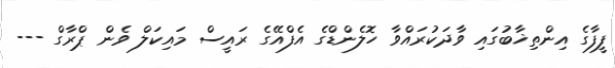
ފީފާގެ އިންތިޚާބުގައި ވާދަކުރައްވާ ހޮލެންޑްގެ އެފްއޭގެ ރައީސް މައިކަލް ވެން ޕްރާގް ---